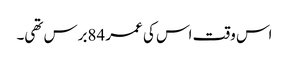
اس وقت اس کی عمر 84برس تھی۔